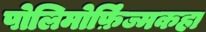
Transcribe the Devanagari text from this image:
पोलिमोर्फ़िज्मकहा